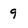
Character: 9